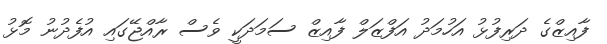
ފާއިޒްގެ ދަރިފުޅު އަހުމަދު އަފްޒަލް ފާއިޒް ސަމަދަކީ ވެސް ރާއްޖޭގައި އުފެދުނު މޮޅު